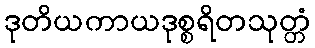
ဒုတိယကာယဒုစ္စရိတသုတ္တံ